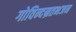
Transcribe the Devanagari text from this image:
गोविन्दम्रतभजन